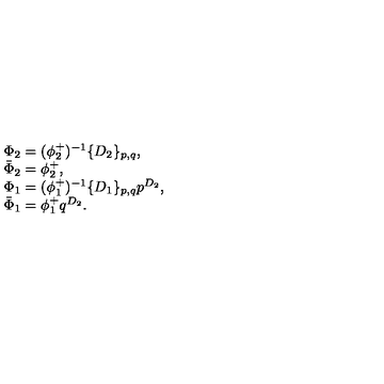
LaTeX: \begin{array} { l } { \Phi _ { 2 } = ( \phi _ { 2 } ^ { + } ) ^ { - 1 } \{ D _ { 2 } \} _ { p , q } , } \\ { \bar { \Phi } _ { 2 } = \phi _ { 2 } ^ { + } , } \\ { \Phi _ { 1 } = ( \phi _ { 1 } ^ { + } ) ^ { - 1 } \{ D _ { 1 } \} _ { p , q } p ^ { D _ { 2 } } , } \\ { \bar { \Phi } _ { 1 } = \phi _ { 1 } ^ { + } q ^ { D _ { 2 } } . } \\ \end{array}